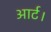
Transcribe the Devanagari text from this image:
आर्ट।